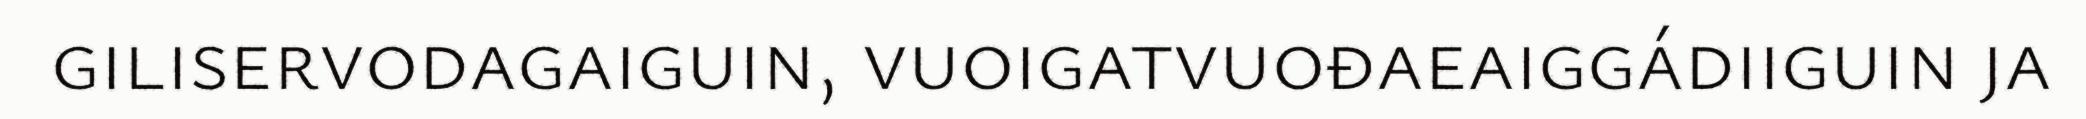
giliservodagaiguin, vuoigatvuođaeaiggádiiguin ja